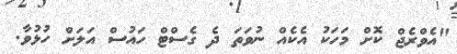
"އެވްރެޖް ކޮށް މަހަކު އެކެއް ނުވަތަ ދެ ގެސްޓް ހައުސް އަލަށް ހުޅުވާ.